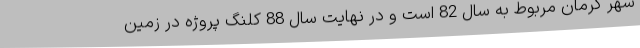
شهر کرمان مربوط به سال 82 است و در نهایت سال 88 کلنگ پروژه در زمین